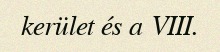
kerület és a VIII.